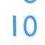
10